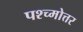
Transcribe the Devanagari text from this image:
पश्च्मोत्तर